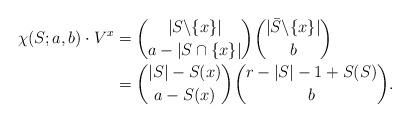
LaTeX: \begin{align*}\chi(S;a,b) \cdot {V}^x &= \binom{|S \backslash \{x\}|}{a-|S \cap \{x\}|} \binom{|\bar{S} \backslash \{x\}|}{b} \\ &= \binom{|S|-S(x)}{a - S(x)}\binom{r-|S| - 1 + S(S)}{b}.\end{align*}